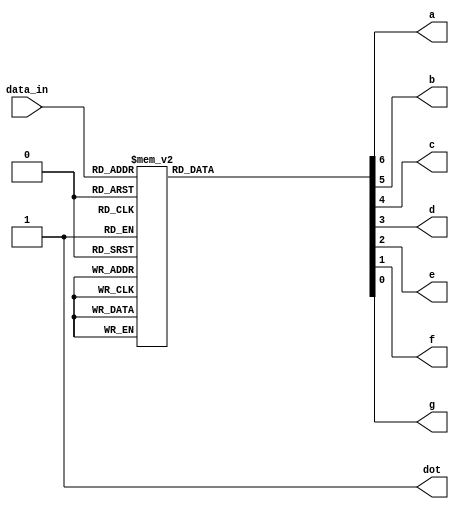
module Decoder (		//combinational circuit decoding 0-15 to 7 seg display 0-F
	input [3:0] data_in,
    	output reg a,
	output reg b,
    	output reg c,
    	output reg d,
    	output reg e,
    	output reg f,
    	output reg g,
    	output dot
);
	always @(*) begin
		case (data_in)
		/* when common cathode
		4'd0 : {a,b,c,d,e,f,g} = 7'b1111110;
		4'd1 : {a,b,c,d,e,f,g} = 7'b0110000;
		4'd2 : {a,b,c,d,e,f,g} = 7'b1101101; 
		4'd3 : {a,b,c,d,e,f,g} = 7'b1111001;
		4'd4 : {a,b,c,d,e,f,g} = 7'b0110011;
		4'd5 : {a,b,c,d,e,f,g} = 7'b1011011;  
		4'd6 : {a,b,c,d,e,f,g} = 7'b1011111;
		4'd7 : {a,b,c,d,e,f,g} = 7'b1110000;
		4'd8 : {a,b,c,d,e,f,g} = 7'b1111111;
		4'd9 : {a,b,c,d,e,f,g} = 7'b1111011;
		4'd10: {a,b,c,d,e,f,g} = 7'b1110111; 
		4'd11: {a,b,c,d,e,f,g} = 7'b0011111;
		4'd12: {a,b,c,d,e,f,g} = 7'b1001110;
		4'd13: {a,b,c,d,e,f,g} = 7'b0111101;
		4'd14: {a,b,c,d,e,f,g} = 7'b1001111;
		4'd15: {a,b,c,d,e,f,g} = 7'b1000111;
		*/
		// when common anode - as in Terasic DE10
		4'd0 : {a,b,c,d,e,f,g} = 7'b0000001;
		4'd1 : {a,b,c,d,e,f,g} = 7'b1001111;
		4'd2 : {a,b,c,d,e,f,g} = 7'b0010010; 
		4'd3 : {a,b,c,d,e,f,g} = 7'b0000110;
		4'd4 : {a,b,c,d,e,f,g} = 7'b1001100;
		4'd5 : {a,b,c,d,e,f,g} = 7'b0100100;  
		4'd6 : {a,b,c,d,e,f,g} = 7'b0100000;
		4'd7 : {a,b,c,d,e,f,g} = 7'b0001111;
		4'd8 : {a,b,c,d,e,f,g} = 7'b0000000;
		4'd9 : {a,b,c,d,e,f,g} = 7'b0000100;
		4'd10: {a,b,c,d,e,f,g} = 7'b0001000; 
		4'd11: {a,b,c,d,e,f,g} = 7'b1100000;
		4'd12: {a,b,c,d,e,f,g} = 7'b0110001;
		4'd13: {a,b,c,d,e,f,g} = 7'b1000010;
		4'd14: {a,b,c,d,e,f,g} = 7'b0110000;
		4'd15: {a,b,c,d,e,f,g} = 7'b0111000;
	    endcase
   	 end
   	 assign dot = 1'b1;
endmodule